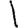
Digit: 1